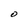
Character: O